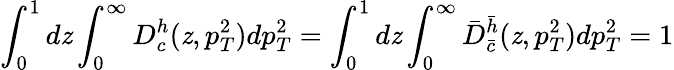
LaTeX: \int_{0}^{1}d\mathit{z}\int_{0}^{\infty}D_{c}^{h}(\mathit{z},p_{T}^{2})dp_{T}^{2}=\int_{0}^{1}d\mathit{z}\int_{0}^{\infty}\bar{{D}}_{\bar{{c}}}^{\bar{{h}}}(\mathit{z},p_{T}^{2})dp_{T}^{2}=1